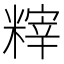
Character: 𥻮